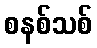
စနစ်သစ်